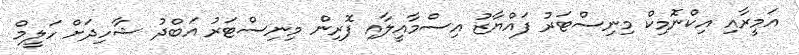
އަމީރާއި އިކްނޮމިކް މިނިސްޓަރު ފައްޔާޒު އިސްމާއީލާއި ފޮރިން މިނިސްޓަރު އަބްދު ޝާހިދަށް ހަލީމް